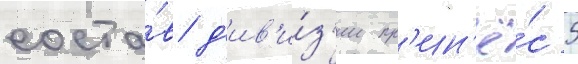
соста́в д'ив'и́з'ии пр'ин'ё́с 5